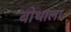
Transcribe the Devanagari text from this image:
बोथाला